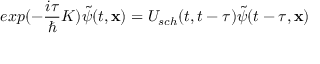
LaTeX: e x p ( - \frac { i \tau } { \hbar } K ) \tilde { \psi } ( t , { \bf x } ) = U _ { s c h } ( t , t - \tau ) \tilde { \psi } ( t - \tau , { \bf x } )